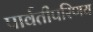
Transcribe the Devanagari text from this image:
पार्वतीपरिणय